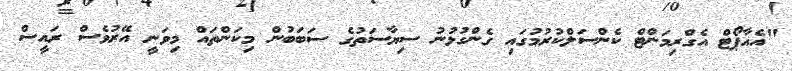
"އެއާޕޯޓް އެގްރިމަންޓް ކެންސަލްކުރުމުގައި ގެންގުޅުނު ސިޔާސަތުގެ ސަބަބުން މިކަންތައް މިވަނީ އޭރުވެސް ރައީސް